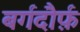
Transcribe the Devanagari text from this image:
बर्गदौर्फ़